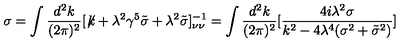
\sigma = \int { \frac { d ^ { 2 } k } { ( 2 \pi ) ^ { 2 } } } [ \not \! k + \lambda ^ { 2 } \gamma ^ { 5 } \tilde { \sigma } + \lambda ^ { 2 } \tilde { \sigma } ] _ { \nu \nu } ^ { - 1 } = \int { \frac { d ^ { 2 } k } { ( 2 \pi ) ^ { 2 } } } [ { \frac { 4 i \lambda ^ { 2 } \sigma } { k ^ { 2 } - 4 \lambda ^ { 4 } ( \sigma ^ { 2 } + \tilde { \sigma } ^ { 2 } ) } } ]